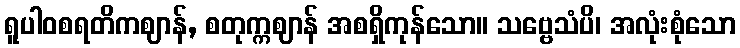
ရူပါဝစရတိကဈာန်, စတုက္ကဈာန် အစရှိကုန်သော။ သဗ္ဗေသံပိ၊ အလုံးစုံသော